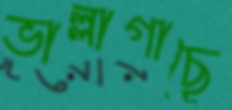
ভাল্লাগাছে